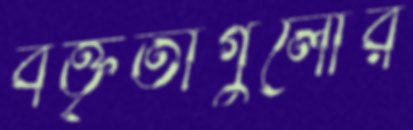
বক্তৃতাগুলোর